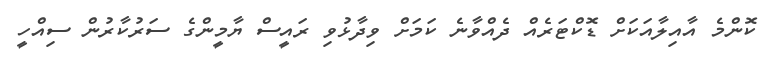
ކޮންމެ އާއިލާއަކަށް ޑޮކްޓަރެއް ދެއްވާނެ ކަމަށް ވިދާޅުވި ރައީސް ޔާމީންގެ ސަރުކާރުން ސިއްހީ